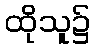
ထိုသူ၌